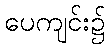
ပေကျင်း၌